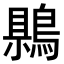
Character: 𪃷